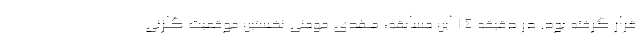
قرار گرفته بود. در دقیقه ۱۴ این مسابقه، مهدی مومنی نخستین موقعیت گلزنی